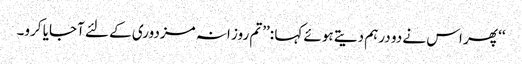
‘‘ پھر اس نے دو درہم دیتے ہوئے کہا :’’تم روز انہ مزدوری کے لئے آجایا کرو۔